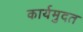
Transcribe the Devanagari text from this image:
कार्यमुदत